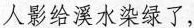
人影给溪水染绿了，